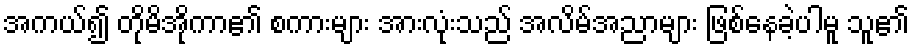
အကယ်၍ တိုမိအိုကာ၏ စကားများ အားလုံးသည် အလိမ်အညာများ ဖြစ်နေခဲ့ပါမူ သူ၏